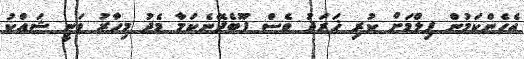
އެހެންކަމުން ފިލްމަށް ކުރި ޚަރަދު ވެސް ފޫބެދޭނެކަމާ މެދު މިހާރު ވަނީ ޝައްކު